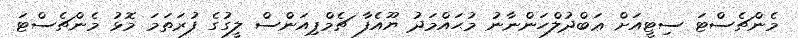
މެންޗެސްޓަ ސިޓީއަށް ޢަބްދުލްހަންނާނު މުޙައްމަދު ޔޫއެފާ ޗެމްޕިއަންސް ލީގުގެ ފުރަތަމަ މޮޅު މެންޗެސްޓަ